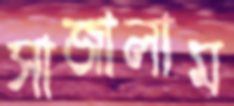
সাজালাম